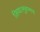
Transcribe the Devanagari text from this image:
लिया।मुहम्मद